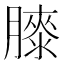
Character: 𦡀